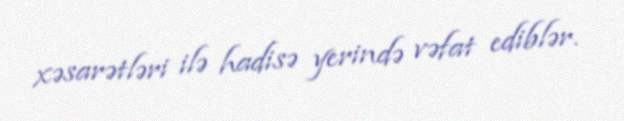
xəsarətləri ilə hadisə yerində vəfat ediblər.